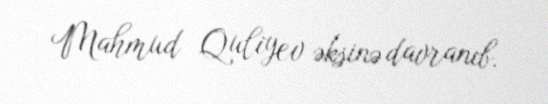
Mahmud Quliyev əksinə davranıb.